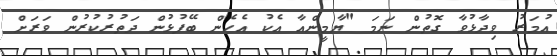
އުމަރު ވިދާޅުވާ ގޮތުން ނަމަ "ޔާމީންއާ އެކު އެހެން ބޭފުޅުން ދަތުރުކުރުން ވަރަށް